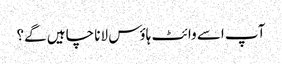
آپ اسے وائٹ ہاؤس لانا چاہیں گے؟